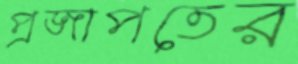
প্রজাপতের